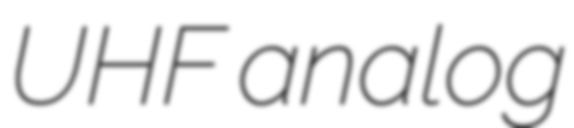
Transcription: UHF analog